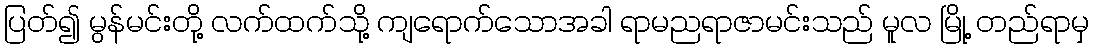
ပြတ်၍ မွန်မင်းတို့ လက်ထက်သို့ ကျရောက်သောအခါ ရာမညရာဇာမင်းသည် မူလ မြို့ တည်ရာမှ